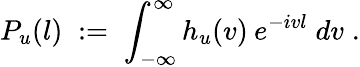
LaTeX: P_{u}(l)\; :=\; \int_{-\infty}^{\infty}h_{u}(v)\: e^{-ivl}\; dv\; .